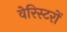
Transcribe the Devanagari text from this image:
वेरिस्टरों